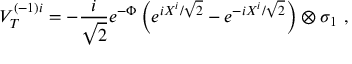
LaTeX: V _ { T } ^ { ( - 1 ) i } = - \frac { i } { \sqrt { 2 } } e ^ { - \Phi } \left( e ^ { i X ^ { i } / \sqrt { 2 } } - e ^ { - i X ^ { i } / \sqrt { 2 } } \right) \otimes \sigma _ { 1 } \ ,